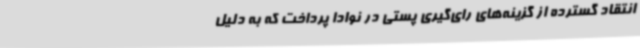
انتقاد گسترده از گزینه‌های رای‌گیری پستی در نوادا پرداخت که به دلیل